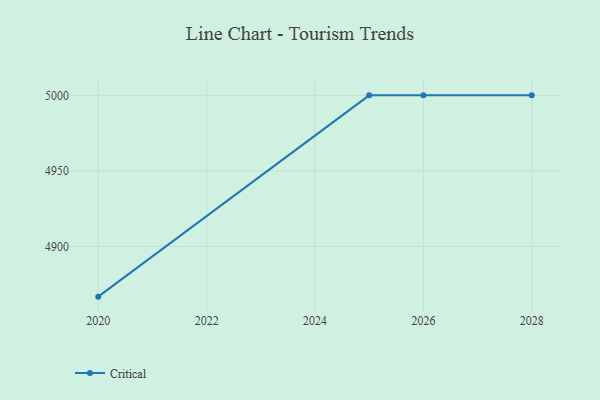
{"axis": {"x": "Year", "y": "Backlog"}, "legend": ["Critical"], "data": [{"x": "2020", "y": 4866.8, "type": "Critical"}, {"x": "2025", "y": 5000, "type": "Critical"}, {"x": "2026", "y": 5000, "type": "Critical"}, {"x": "2028", "y": 5000, "type": "Critical"}]}